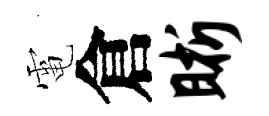
電倉晰